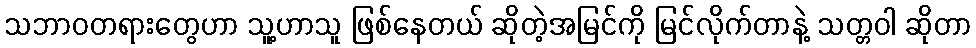
သဘာဝတရားတွေဟာ သူ့ဟာသူ ဖြစ်နေတယ် ဆိုတဲ့အမြင်ကို မြင်လိုက်တာနဲ့ သတ္တဝါ ဆိုတာ